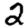
Digit: 2